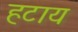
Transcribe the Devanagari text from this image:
हटाय